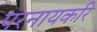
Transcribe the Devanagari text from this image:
परनायकरि